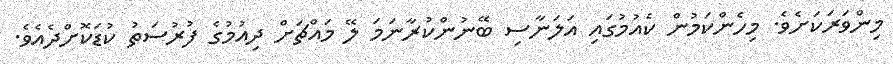
މިންވަރަކަށެވެ. މިހެންކަމުން ކެއުމުގައި އަލަނާސި ބޭނުންކުރާނަމަ ލޭ މައްޗަށް ދިއުމުގެ ފުރުސަތު ކުޑަކޮށްދެއެވެ.